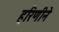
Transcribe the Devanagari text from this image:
हरिणीने